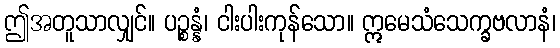
ဤအတူသာလျှင်။ ပဉ္စန္နံ၊ ငါးပါးကုန်သော။ ဣမေသံသေက္ခဗလာနံ၊